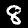
Digit: 8